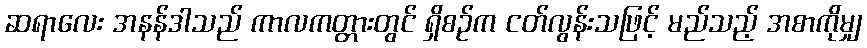
ဆရာလေး အနန်ဒါသည် ကာလကတ္တားတွင် ရှိစဉ်က ငတ်လွန်းသဖြင့် မည်သည့် အစာကိုမျှ